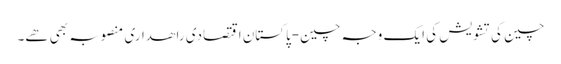
چین کی تشویش کی ایک وجہ چین-پاکستان اقتصادی راھداری منصوبہ بھی ھے۔